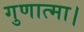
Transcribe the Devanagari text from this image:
गुणात्मा।